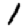
Digit: 1